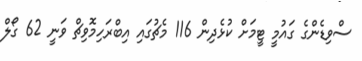
ސްވިޑެންގެ ގައުމީ ޓީމަށް ކުޅެދިން 116 މެޗުގައި އިބްރަހިމޮވިޗް ވަނީ 62 ގޯލް